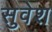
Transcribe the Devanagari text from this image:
सुवेश